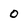
Character: O